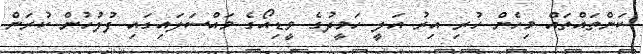
ކަންތައްތައް މިހެން ހުރި އިރު އަލީ ހަމީދުގެ ވީޑިއޯގެ މައްސަލައިގައި ފުލުހުން ކުރަން